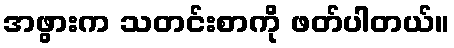
အဖွားက သတင်းစာကို ဖတ်ပါတယ်။